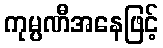
ကုမ္ပဏီအနေဖြင့်